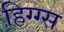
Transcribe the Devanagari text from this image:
हिग्ग्स